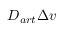
D _ { a r t } \Delta \boldsymbol { v }